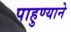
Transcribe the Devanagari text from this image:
पाहुण्याने